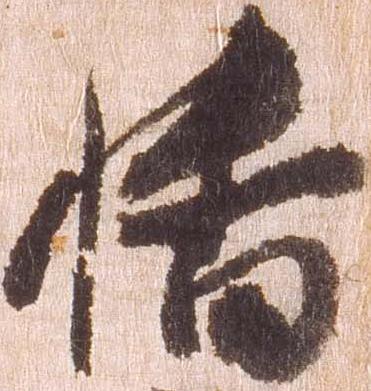
幡